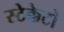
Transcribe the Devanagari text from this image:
स्टेक्केटो